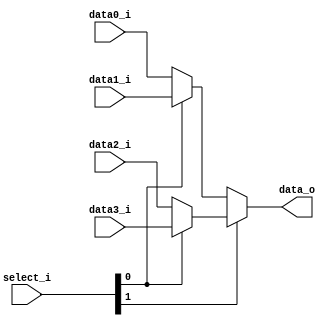
module Mux4to1( data0_i, data1_i, data2_i, data3_i, select_i, data_o );

parameter size = 0;			   
			
//I/O ports               
input wire	[size-1:0] data0_i;          
input wire	[size-1:0] data1_i;
input wire	[size-1:0] data2_i;          
input wire	[size-1:0] data3_i;
input wire	[2-1:0]    select_i;
output wire	[size-1:0] data_o; 

//Main function
assign data_o = select_i[1] ? (select_i[0] ? data3_i : data2_i) : (select_i[0] ? data1_i : data0_i);

endmodule